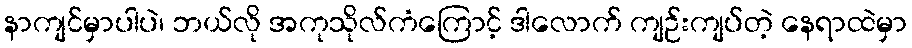
နာကျင်မှာပါပဲ၊ ဘယ်လို အကုသိုလ်ကံကြောင့် ဒါလောက် ကျဉ်းကျပ်တဲ့ နေရာထဲမှာ